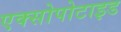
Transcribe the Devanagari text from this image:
एक्सोपोटाइड